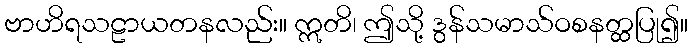
ဗာဟိရသဠာယတနလည်း။ ဣတိ၊ ဤသို့ ဒွန်သမာသ်ဝစနတ္ထပြု၍။